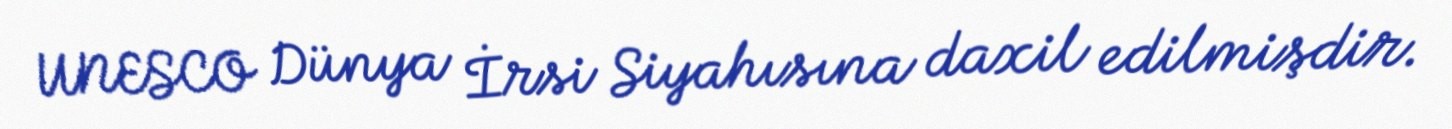
UNESCO Dünya İrsi Siyahısına daxil edilmişdir.